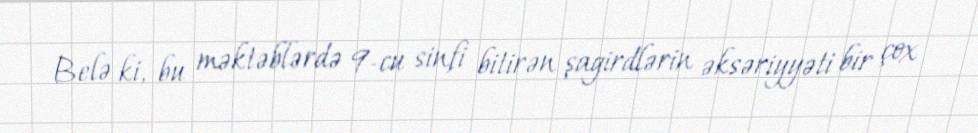
Belə ki, bu məktəblərdə 9-cu sinfi bitirən şagirdlərin əksəriyyəti bir çox